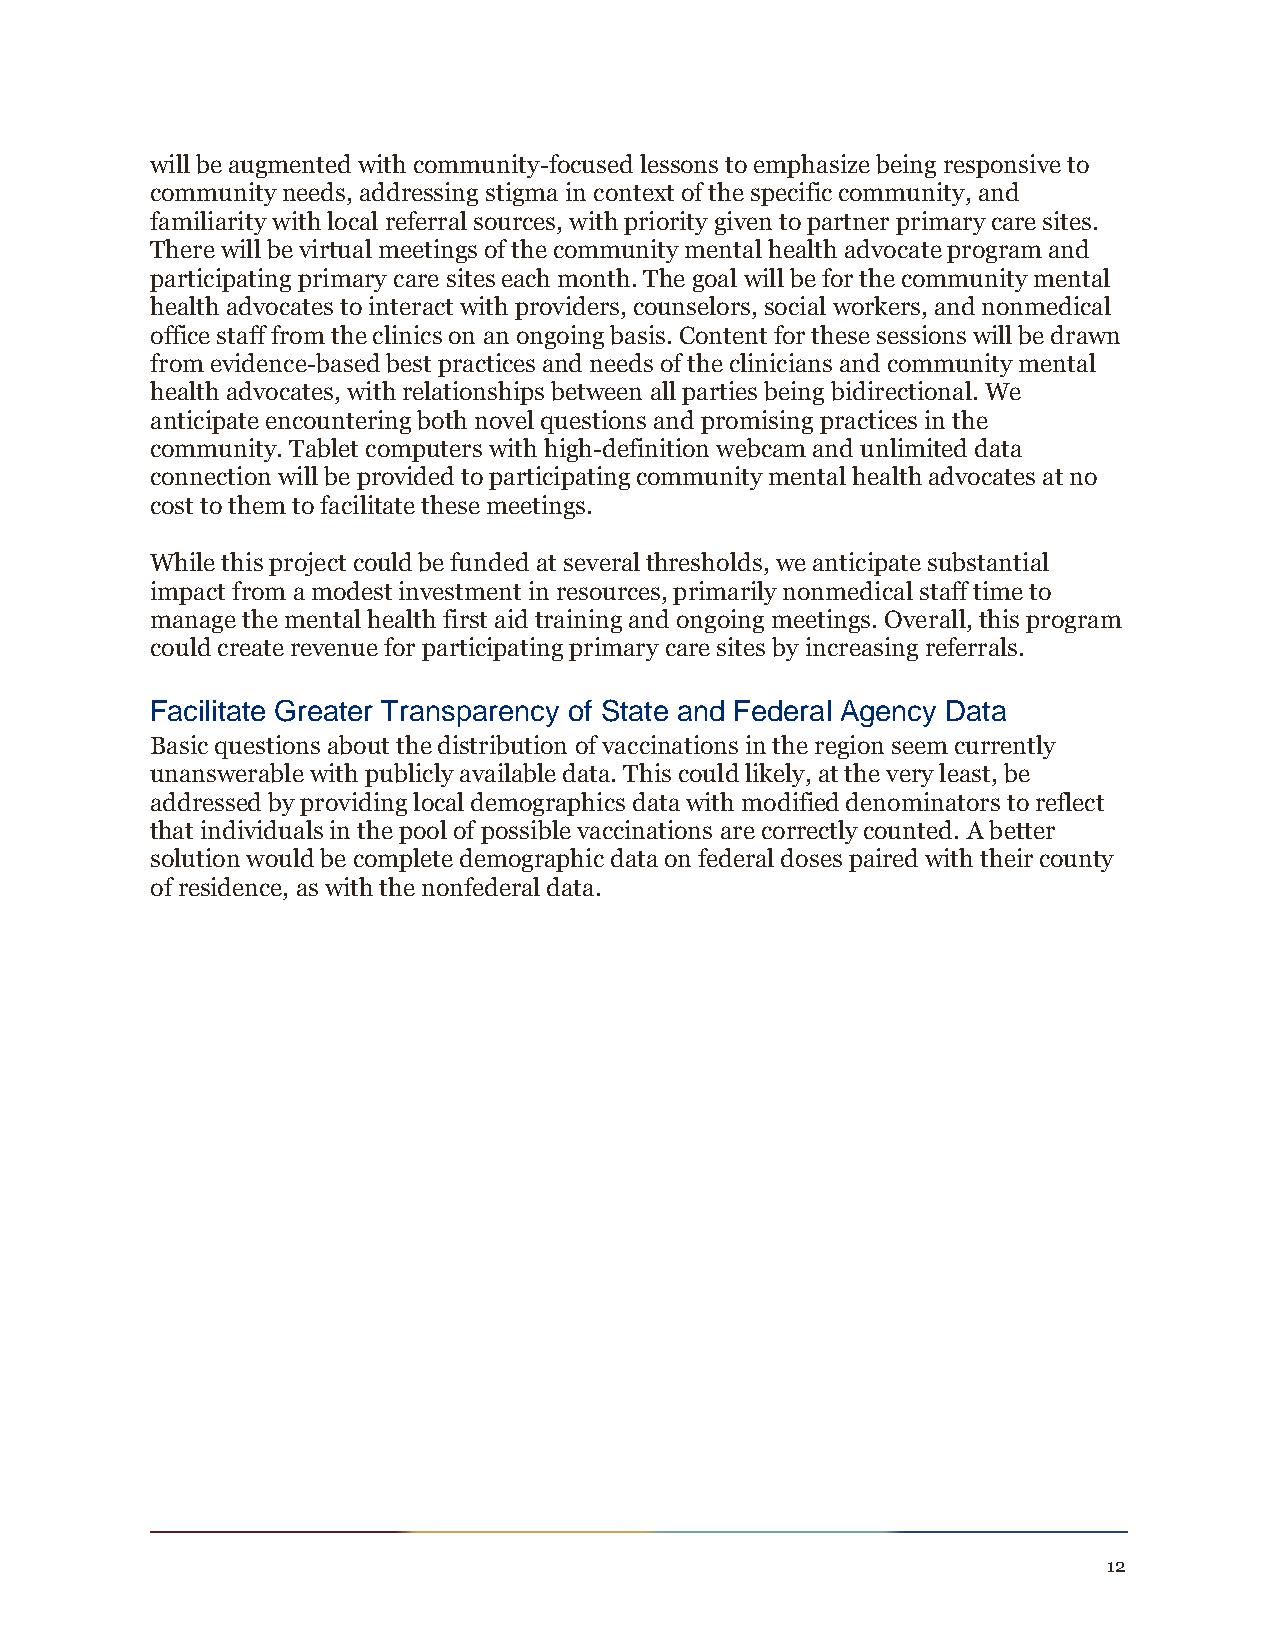
will be augmented with community-focused lessons to emphasize being responsive to
 community needs, addressing stigma in context of the specific community, and
 familiarity with local referral sources, with priority given to partner primary care sites.
 There will be virtual meetings of the community mental health advocate program and
 participating primary care sites each month. The goal will be for the community mental
 health advocates to interact with providers, counselors, social workers, and nonmedical
 office staff from the clinics on an ongoing basis. Content for these sessions will be drawn
 from evidence-based best practices and needs of the clinicians and community mental
 health advocates, with relationships between all parties being bidirectional. We
 anticipate encountering both novel questions and promising practices in the
 community. Tablet computers with high-definition webcam and unlimited data
 connection will be provided to participating community mental health advocates at no
 cost to them to facilitate these meetings.
 While this project could be funded at several thresholds, we anticipate substantial
 impact from a modest investment in resources, primarily nonmedical staff time to
 manage the mental health first aid training and ongoing meetings. Overall, this program
 could create revenue for participating primary care sites by increasing referrals.
 Facilitate Greater Transparency of State and Federal Agency Data
 Basic questions about the distribution of vaccinations in the region seem currently
 unanswerable with publicly available data. This could likely, at the very least, be
 addressed by providing local demographics data with modified denominators to reflect
 that individuals in the pool of possible vaccinations are correctly counted. A better
 solution would be complete demographic data on federal doses paired with their county
 of residence, as with the nonfederal data.
 12